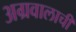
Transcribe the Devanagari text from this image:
अग्रवालाची